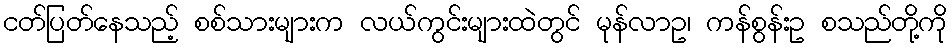
ငတ်ပြတ်နေသည့် စစ်သားများက လယ်ကွင်းများထဲတွင် မုန်လာဥ၊ ကန်စွန်းဥ စသည်တို့ကို